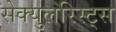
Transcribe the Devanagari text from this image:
सेक्युलरिस्ट्स